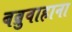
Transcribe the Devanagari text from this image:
बब्रुवाहाना